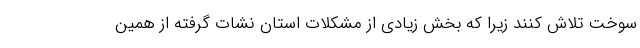
سوخت تلاش کنند زیرا که بخش زیادی از مشکلات استان نشات گرفته از همین